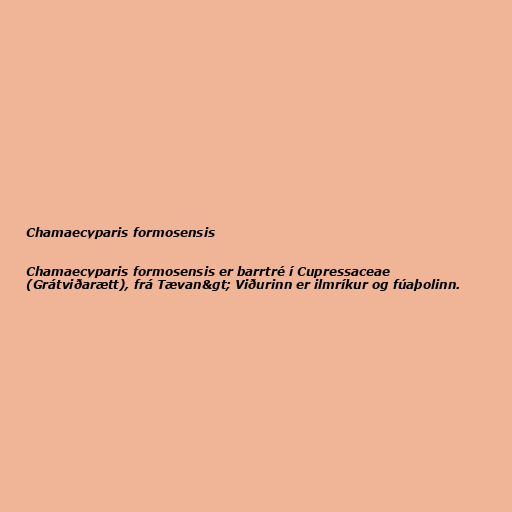
Chamaecyparis formosensis

Chamaecyparis formosensis er barrtré í Cupressaceae
(Grátviðarætt), frá Tævan&gt; Viðurinn er ilmríkur og fúaþolinn.